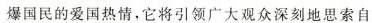
爆国民的爱国热情，它将引领广大观众深刻地思索自